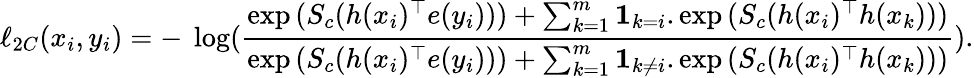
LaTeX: \ell_{2C}(x_{i},y_{i})=-~\log(\frac{\exp{(S_{c}(h(x_{i})^{\top}e(y_{i})))}+\sum_{k=1}^{m}\mathbf{1}_{k=i}.\exp{(S_{c}(h(x_{i})^{\top}h(x_{k})))}}{\exp{(S_{c}(h(x_{i})^{\top}e(y_{i})))}+\sum_{k=1}^{m}\mathbf{1}_{k\neq i}.\exp{(S_{c}(h(x_{i})^{\top}h(x_{k})))}}).